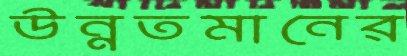
উন্নতমানের